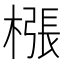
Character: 㯑